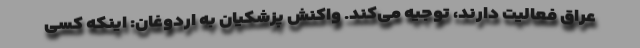
عراق فعالیت دارند، توجیه می‌کند. واکنش پزشکیان به اردوغان: اینکه کسی